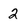
Character: 2